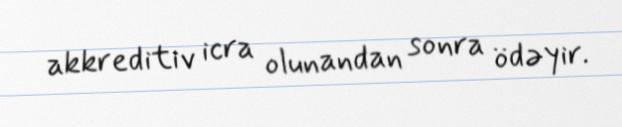
akkreditiv icra olunandan sonra ödəyir.